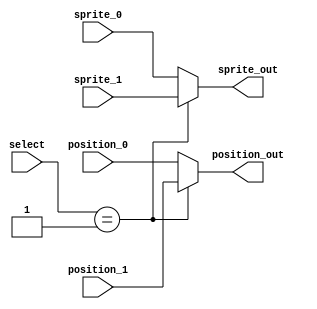
//////////////////////////////////////////////////////////////////////////////////
// Company: Ridotech
//
// Module Name: demux_actors
// Description: Demultiplexor for actors in the game.
//
// Dependencies:
//
// Revision:
// Revision 0.01 - File Created.
//
// Additional Comments:
//
//-----------------------------------------------------------------------------
//-- GPL license
//-----------------------------------------------------------------------------

module demux_actors
(
    input wire [11:0] position_0, input wire [7:0] sprite_0,
    input wire [11:0] position_1, input wire [7:0] sprite_1,
    input wire  [2:0] select,
    output reg [11:0] position_out, output reg [7:0] sprite_out
);

always @(*)
begin
    case (select)
        0:
            begin
                position_out <= position_0;
                sprite_out <= sprite_0;
            end

        1:
            begin
                position_out <= position_1;
                sprite_out <= sprite_1;
            end

        default:
            begin
                position_out <= position_0;
                sprite_out <= sprite_0;
            end
    endcase
end

endmodule